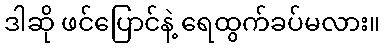
ဒါဆို ဖင်ပြောင်နဲ့ ရေထွက်ခပ်မလား။